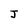
Character: J